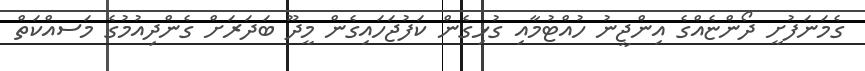
ގެމަނަފުށީ ދޯންޏެއްގެ އިންޖީނު ހުއްޓުމާއި ގުޅިގެން ކަފުޖަހައިގެން މީދޫ ބަދަރަށް ގެންދިއުމުގެ މަސއްކަތް